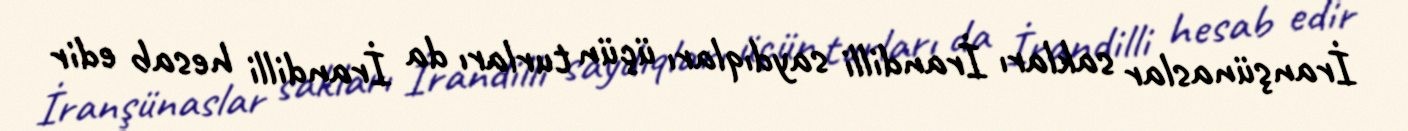
İranşünaslar sakları İrandilli saydıqları üçün turları da İrandilli hesab edir